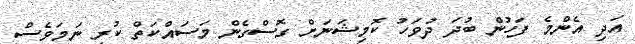
އަދި އެންމެ ފަހުން ބުދަ ދުވަހު ކޮމިޝަނަށް ގޮސްގެން މަސައްކަތް ކުރި ނަމަވެސް